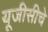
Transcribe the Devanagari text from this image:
यूजीसीचे